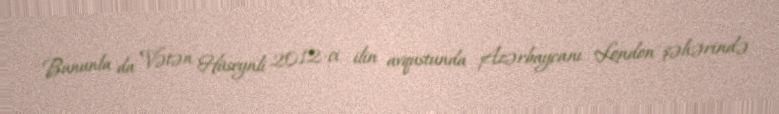
Bununla da Vətən Hüseynli 2012-ci ilin avqustunda Azərbaycanı London şəhərində